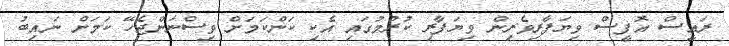
ރައީސް އޮފީސް ވިޔަފާރިވެރިން ވިޔަފާރި ކުރުމުގައި އެކި ކަންކަމަށް ވިސްނަންޖެހޭ ކަަމަށް ނައިބު